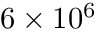
6 \times 1 0 ^ { 6 }